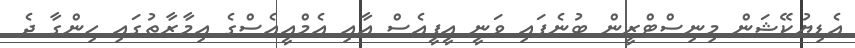
އެޑިޔުކޭޝަން މިނިސްޓްރީން ބުނެފައި ވަނީ އީޕީއެސް އާއި އެމްއީއެސްގެ އިމާރާތުގައި ހިންގާ ދެ